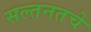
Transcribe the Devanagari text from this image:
सल्तनतचे